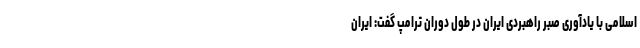
اسلامی با یادآوری صبر راهبردی ایران در طول دوران ترامپ گفت: ایران